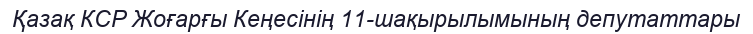
Қазақ КСР Жоғарғы Кеңесінің 11-шақырылымының депутаттары